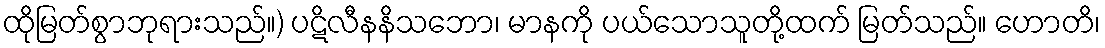
ထိုမြတ်စွာဘုရားသည်။) ပဋိလီနနိသဘော၊ မာနကို ပယ်သောသူတို့ထက် မြတ်သည်။ ဟောတိ၊